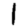
Digit: 1